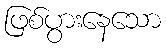
ဖြစ်ပွားနေသော